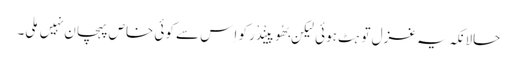
حالانکہ یہ غزل تو ہِٹ ہوئی لیکِن بھُوپینْدْر کو اِس سے کوئی خاص پہچان نہِیں مِلی۔